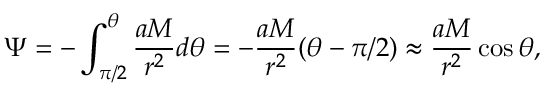
\Psi = - \int _ { \pi / 2 } ^ { \theta } \frac { a M } { r ^ { 2 } } d \theta = - \frac { a M } { r ^ { 2 } } ( \theta - \pi / 2 ) \approx \frac { a M } { r ^ { 2 } } \cos \theta ,